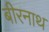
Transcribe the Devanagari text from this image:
बीरनाथ